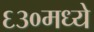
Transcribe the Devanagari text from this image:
६३०मध्ये